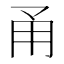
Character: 甬